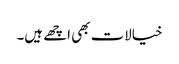
خیالات بھی اچھے ہیں۔